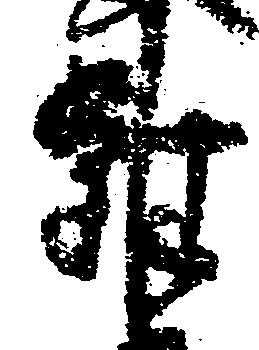
雑